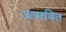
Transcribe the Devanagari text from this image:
उत्सवित